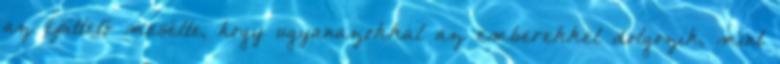
az építtető mesélte, hogy ugyanazokkal az emberekkel dolgozik, mint